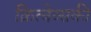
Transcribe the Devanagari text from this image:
क्रित्चेव्सकी